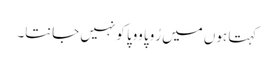
کہتا ہوں میں رُوپا ووپا کو نہیں جانتا۔